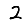
Digit: 2